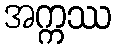
အက္ကဿ